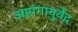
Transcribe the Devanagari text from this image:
अष्टांगायुर्वेद